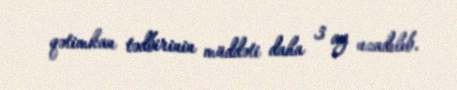
qətimkan tədbirinin müddəti daha 3 ay uzadılıb.